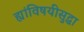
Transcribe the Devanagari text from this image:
ह्यांविषयीसुद्धा